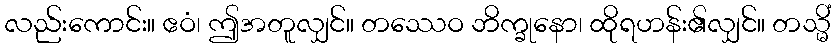
လည်းကောင်း။ ဧဝံ၊ ဤအတူလျှင်။ တဿေဝ ဘိက္ခုနော၊ ထိုရဟန်း၏လျှင်။ တသ္မိံ